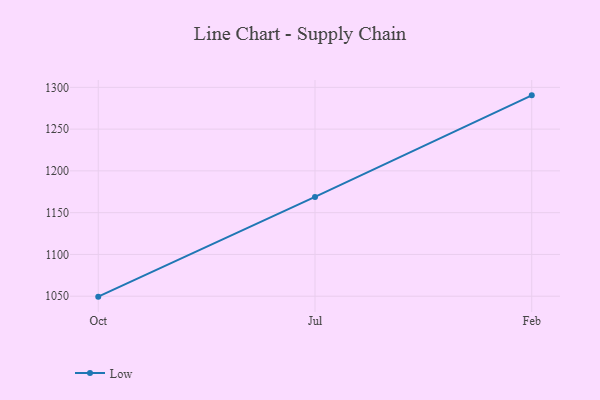
{"axis": {"x": "Month", "y": "Active Users"}, "legend": ["Low"], "data": [{"x": "Oct", "y": 1049.5, "type": "Low"}, {"x": "Jul", "y": 1168.8, "type": "Low"}, {"x": "Feb", "y": 1290.4, "type": "Low"}]}